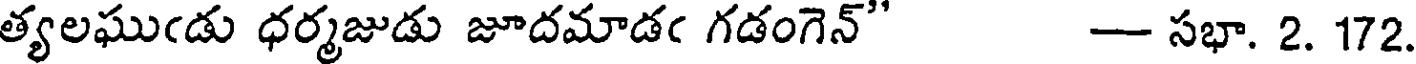
త్యలఘుఁడు ధర్మజుడు జూదమాడఁ గడంగెన్" - సభా. 2. 172.